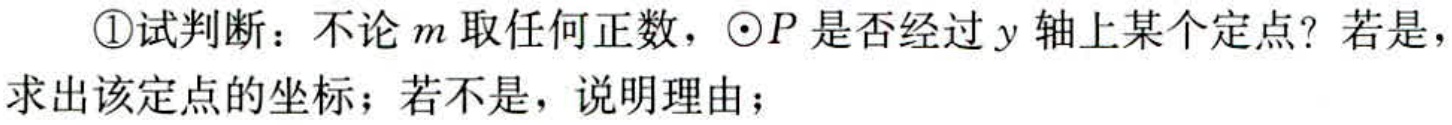
\textcircled{1}试判断：不论\(m\)取任何正数，\(\odot P\)是否经过\(y\)轴上某个定点？若是，求出该定点的坐标；若不是，说明理由；